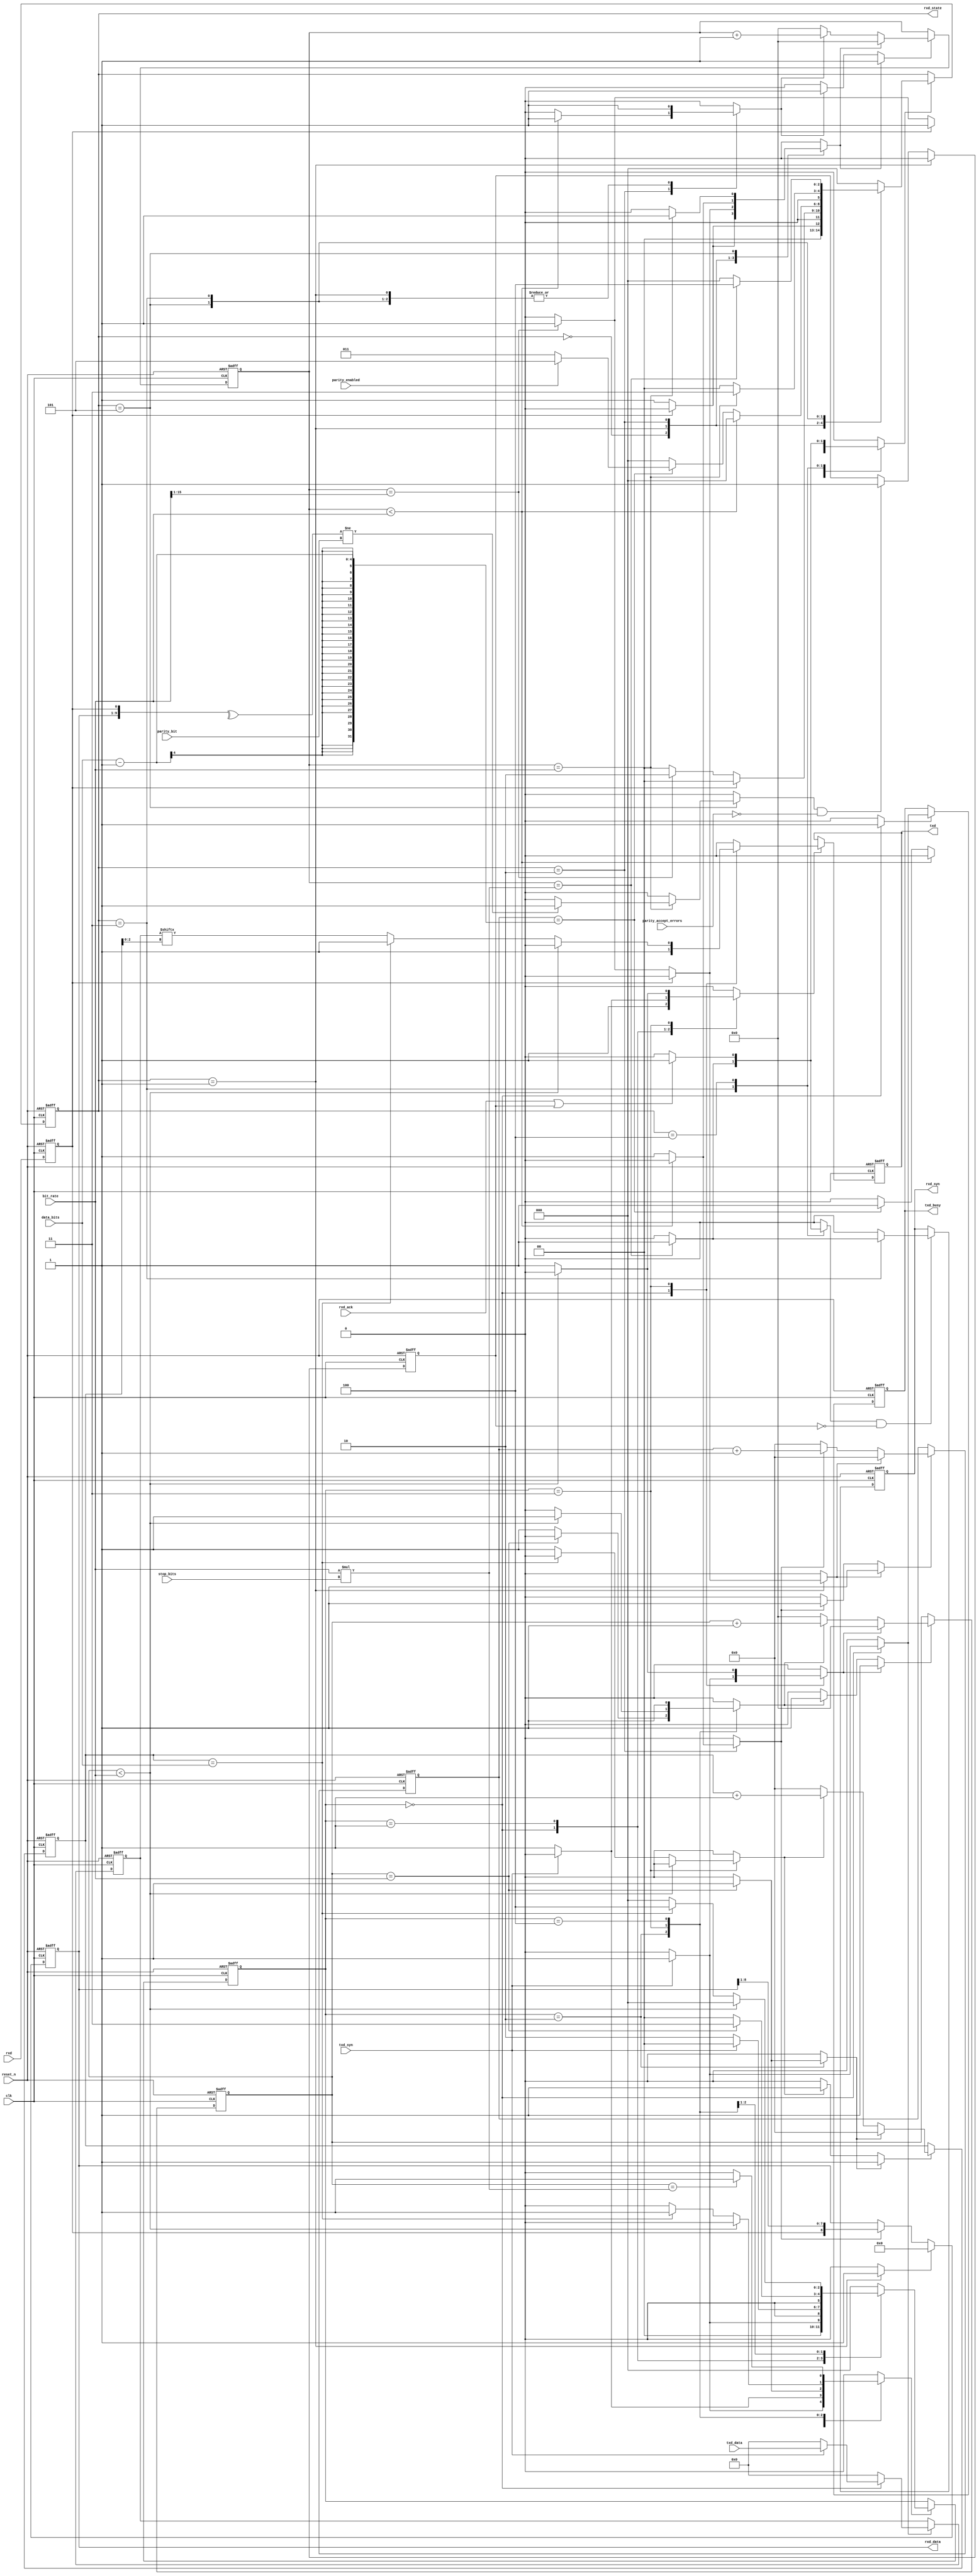
module uart_core(
                 input wire          clk,
                 input wire          reset_n,

                 // Configuration parameters
                 input wire [15 : 0] bit_rate,
                 input wire [3 : 0]  data_bits,
                 input wire [1 : 0]  stop_bits,
                 input wire          parity_bit, // NEWAE NEW: 1:odd; 0:even)
                 input wire          parity_enabled, // NEWAE NEW: enable parity checking
                 input wire          parity_accept_errors, // NEWAE NEW: if set, received words are emitted even when parity errors are detected

                 // External data interface
                 input wire          rxd,
                 output wire         txd,

                 // Internal receive interface.
                 output wire         rxd_syn,
                 output [8 : 0]      rxd_data,
                 input wire          rxd_ack,

                 // XXX NewAE added
                 output wire [2:0]   rxd_state,

                 // Internal transmit interface.
                 input wire          txd_syn,
                 input wire [7 : 0]  txd_data,
                 output wire         txd_busy
                );


  //----------------------------------------------------------------
  // Internal constant and parameter definitions.
  //----------------------------------------------------------------
  parameter ERX_IDLE  = 0;
  parameter ERX_START = 1;
  parameter ERX_BITS  = 2;
  parameter ERX_STOP  = 3;
  parameter ERX_SYN   = 4;
  parameter ERX_PARITY = 5; // NEWAE NEW

  parameter ETX_IDLE  = 0;
  parameter ETX_ACK   = 1;
  parameter ETX_START = 2;
  parameter ETX_BITS  = 3;
  parameter ETX_STOP  = 4;

  assign rxd_state =  erx_ctrl_reg; // XXX NewAE added


  //----------------------------------------------------------------
  // Registers including update variables and write enable.
  //----------------------------------------------------------------
  reg          rxd_reg;

  reg [8 : 0]  rxd_byte_reg;
  reg          rxd_byte_we;
  reg          rxd_byte_clear;

  reg [4 : 0]  rxd_bit_ctr_reg;
  reg [4 : 0]  rxd_bit_ctr_new;
  reg          rxd_bit_ctr_we;
  reg          rxd_bit_ctr_rst;
  reg          rxd_bit_ctr_inc;

  reg [15 : 0] rxd_bitrate_ctr_reg;
  reg [15 : 0] rxd_bitrate_ctr_new;
  reg          rxd_bitrate_ctr_we;
  reg          rxd_bitrate_ctr_rst;
  reg          rxd_bitrate_ctr_inc;

  reg          rxd_syn_reg;
  reg          rxd_syn_new;
  reg          rxd_syn_we;

  reg [2 : 0]  erx_ctrl_reg;
  reg [2 : 0]  erx_ctrl_new;
  reg          erx_ctrl_we;

  reg          txd_reg;
  reg          txd_new;
  reg          txd_we;

  reg [7 : 0]  txd_byte_reg;
  reg [7 : 0]  txd_byte_new;
  reg          txd_byte_we;

  reg [4 : 0]  txd_bit_ctr_reg;
  reg [4 : 0]  txd_bit_ctr_new;
  reg          txd_bit_ctr_we;
  reg          txd_bit_ctr_rst;
  reg          txd_bit_ctr_inc;

  reg [15 : 0] txd_bitrate_ctr_reg;
  reg [15 : 0] txd_bitrate_ctr_new;
  reg          txd_bitrate_ctr_we;
  reg          txd_bitrate_ctr_rst;
  reg          txd_bitrate_ctr_inc;

  reg          txd_busy_reg;
  reg          txd_busy_new;
  reg          txd_busy_we;

  reg [2 : 0]  etx_ctrl_reg;
  reg [2 : 0]  etx_ctrl_new;
  reg          etx_ctrl_we;

  // NEWAE NEW:
  reg          parity_bad;
  reg          parity_bad_mask;

  //----------------------------------------------------------------
  // Wires.
  //----------------------------------------------------------------
  wire [15 : 0] half_bit_rate;


  //----------------------------------------------------------------
  // Concurrent connectivity for ports etc.
  //----------------------------------------------------------------
  assign txd      = txd_reg;
  assign rxd_syn  = rxd_syn_reg;
  assign rxd_data = rxd_byte_reg;
  assign txd_busy  = txd_busy_reg;

  assign half_bit_rate = {1'b0, bit_rate[15 : 1]};


  //----------------------------------------------------------------
  // reg_update
  //
  // Update functionality for all registers in the core.
  // All registers are positive edge triggered with
  // asynchronous active low reset.
  //----------------------------------------------------------------
  always @ (posedge clk or negedge reset_n)
    begin: reg_update
      if (!reset_n)
        begin
          rxd_reg             <= 0;
          rxd_byte_reg        <= 9'h00;
          rxd_bit_ctr_reg     <= 5'h0;
          rxd_bitrate_ctr_reg <= 16'h0000;
          rxd_syn_reg         <= 0;
          erx_ctrl_reg        <= ERX_IDLE;

          txd_reg             <= 1;
          txd_byte_reg        <= 8'h00;
          txd_bit_ctr_reg     <= 5'h0;
          txd_bitrate_ctr_reg <= 16'h0000;
          txd_busy_reg        <= 0;
          etx_ctrl_reg        <= ETX_IDLE;
          parity_bad_mask     <= 0;
        end
      else
        begin
          // We sample the rx input port every cycle.
          rxd_reg <= rxd;

          // NEWAE NEW:
          if (erx_ctrl_reg == ERX_START)
              parity_bad_mask <= 1'b0;
          else if (parity_bad && ~parity_accept_errors)
              parity_bad_mask <= 1'b1;

          // We shift the rxd bit into msb.
          if (rxd_byte_clear)
              rxd_byte_reg <= 9'b0;
          else if (rxd_byte_we)
            begin
              rxd_byte_reg <= {rxd_reg, rxd_byte_reg[8 : 1]};
            end

          if (rxd_bit_ctr_we)
            begin
              rxd_bit_ctr_reg <= rxd_bit_ctr_new;
            end

          if (rxd_bitrate_ctr_we)
            begin
              rxd_bitrate_ctr_reg <= rxd_bitrate_ctr_new;
            end

          if (rxd_syn_we && ~parity_bad_mask)
            begin
              rxd_syn_reg <= rxd_syn_new;
            end

          if (erx_ctrl_we)
            begin
              erx_ctrl_reg <= erx_ctrl_new;
            end

          if (txd_we)
            begin
              txd_reg <= txd_new;
            end

          if (txd_byte_we)
            begin
              txd_byte_reg <= txd_byte_new;
            end

          if (txd_bit_ctr_we)
            begin
              txd_bit_ctr_reg <= txd_bit_ctr_new;
            end

          if (txd_bitrate_ctr_we)
            begin
              txd_bitrate_ctr_reg <= txd_bitrate_ctr_new;
            end

          if (txd_busy_we)
            begin
              txd_busy_reg <= txd_busy_new;
            end

          if (etx_ctrl_we)
            begin
              etx_ctrl_reg <= etx_ctrl_new;
            end
        end
    end // reg_update


  //----------------------------------------------------------------
  // rxd_bit_ctr
  //
  // Bit counter for receiving data on the external
  // serial interface.
  //----------------------------------------------------------------
  always @*
    begin: rxd_bit_ctr
      rxd_bit_ctr_new = 5'h0;
      rxd_bit_ctr_we  = 0;

      if (rxd_bit_ctr_rst)
        begin
          rxd_bit_ctr_new = 5'h0;
          rxd_bit_ctr_we  = 1;
        end

      else if (rxd_bit_ctr_inc)
        begin
          rxd_bit_ctr_new = rxd_bit_ctr_reg + 5'b0001;
          rxd_bit_ctr_we  = 1;
        end
    end // rxd_bit_ctr


  //----------------------------------------------------------------
  // rxd_bitrate_ctr
  //
  // Bitrate counter for receiving data on the external
  // serial interface.
  //----------------------------------------------------------------
  always @*
    begin: rxd_bitrate_ctr
      rxd_bitrate_ctr_new = 16'h0000;
      rxd_bitrate_ctr_we  = 0;

      if (rxd_bitrate_ctr_rst)
        begin
          rxd_bitrate_ctr_new = 16'h0000;
          rxd_bitrate_ctr_we  = 1;
        end

      else if (rxd_bitrate_ctr_inc)
        begin
          rxd_bitrate_ctr_new = rxd_bitrate_ctr_reg + 16'h0001;
          rxd_bitrate_ctr_we  = 1;
        end
    end // rxd_bitrate_ctr



  //----------------------------------------------------------------
  // txd_bit_ctr
  //
  // Bit counter for transmitting data on the external
  // serial interface.
  //----------------------------------------------------------------
  always @*
    begin: txd_bit_ctr
      txd_bit_ctr_new = 5'h0;
      txd_bit_ctr_we  = 0;

      if (txd_bit_ctr_rst)
        begin
          txd_bit_ctr_new = 5'h0;
          txd_bit_ctr_we  = 1;
        end

      else if (txd_bit_ctr_inc)
        begin
          txd_bit_ctr_new = txd_bit_ctr_reg + 5'b0001;
          txd_bit_ctr_we  = 1;
        end
    end // txd_bit_ctr


  //----------------------------------------------------------------
  // txd_bitrate_ctr
  //
  // Bitrate counter for transmitting data on the external
  // serial interface.
  //----------------------------------------------------------------
  always @*
    begin: txd_bitrate_ctr
      txd_bitrate_ctr_new = 16'h0000;
      txd_bitrate_ctr_we  = 0;

      if (txd_bitrate_ctr_rst)
        begin
          txd_bitrate_ctr_new = 16'h0000;
          txd_bitrate_ctr_we  = 1;
        end

      else if (txd_bitrate_ctr_inc)
        begin
          txd_bitrate_ctr_new = txd_bitrate_ctr_reg + 16'h0001;
          txd_bitrate_ctr_we  = 1;
        end
    end // txd_bitrate_ctr


  //----------------------------------------------------------------
  // external_rx_engine
  //
  // Logic that implements the receive engine towards
  // the external interface. Detects incoming data, collects it,
  // if required checks parity and store correct data into
  // the rx buffer.
  //----------------------------------------------------------------
  always @*
    begin: external_rx_engine
      rxd_bit_ctr_rst     = 0;
      rxd_bit_ctr_inc     = 0;
      rxd_bitrate_ctr_rst = 0;
      rxd_bitrate_ctr_inc = 0;
      rxd_byte_we         = 0;
      rxd_byte_clear      = 0;
      rxd_syn_new         = 0;
      rxd_syn_we          = 0;
      erx_ctrl_new        = ERX_IDLE;
      erx_ctrl_we         = 0;
      parity_bad          = 0;

      case (erx_ctrl_reg)
        ERX_IDLE:
          begin
            if (!rxd_reg)
              begin
                // Possible start bit detected.
                rxd_bitrate_ctr_rst = 1;
                erx_ctrl_new        = ERX_START;
                erx_ctrl_we         = 1;
              end
          end


        ERX_START:
          begin
            rxd_bitrate_ctr_inc = 1;
            rxd_byte_clear = 1;
            if (rxd_reg)
              begin
                // Just a glitch.
                erx_ctrl_new = ERX_IDLE;
                erx_ctrl_we  = 1;
              end
            else
              begin
                if (rxd_bitrate_ctr_reg == half_bit_rate)
                  begin
                    // start bit assumed. We start sampling data.
                    rxd_bit_ctr_rst     = 1;
                    rxd_bitrate_ctr_rst = 1;
                    erx_ctrl_new        = ERX_BITS;
                    erx_ctrl_we         = 1;
                  end
              end
          end


        ERX_BITS:
          begin
            if (rxd_bitrate_ctr_reg < bit_rate)
              begin
                rxd_bitrate_ctr_inc = 1;
              end
            else
              begin
                rxd_byte_we         = 1;
                rxd_bit_ctr_inc     = 1;
                rxd_bitrate_ctr_rst = 1;
                if (rxd_bit_ctr_reg == data_bits - 1)
                  begin
                    // NEWAE NEW:
                    if (parity_enabled)
                        erx_ctrl_new = ERX_PARITY;
                    else
                        erx_ctrl_new = ERX_STOP;
                    erx_ctrl_we  = 1;
                  end
              end
          end

        // NEWAE NEW:
        ERX_PARITY:
          begin
            rxd_bitrate_ctr_inc = 1;
            if (rxd_bitrate_ctr_reg == bit_rate)
              begin
                rxd_bitrate_ctr_rst = 1;
                erx_ctrl_new = ERX_STOP;
                erx_ctrl_we  = 1;
                if (^{rxd_byte_reg, rxd_reg} != parity_bit)
                    parity_bad = 1;
              end
          end


        ERX_STOP:
          begin
            rxd_bitrate_ctr_inc = 1;
            if (rxd_bitrate_ctr_reg == bit_rate * stop_bits)
              begin
                rxd_syn_new  = 1;
                rxd_syn_we   = 1;
                erx_ctrl_new = ERX_SYN;
                erx_ctrl_we  = 1;
              end
          end


        ERX_SYN:
          begin
            if (rxd_ack || parity_bad_mask) // NEWAE NEW
              begin
                rxd_syn_new  = 0;
                rxd_syn_we   = 1;
                erx_ctrl_new = ERX_IDLE;
                erx_ctrl_we  = 1;
              end
          end


        default:
          begin

          end
      endcase // case (erx_ctrl_reg)
    end // external_rx_engine


  //----------------------------------------------------------------
  // external_tx_engine
  //
  // Logic that implements the transmit engine towards
  // the external interface.
  //----------------------------------------------------------------
  always @*
    begin: external_tx_engine
      txd_new             = 0;
      txd_we              = 0;
      txd_byte_new        = 0;
      txd_byte_we         = 0;
      txd_bit_ctr_rst     = 0;
      txd_bit_ctr_inc     = 0;
      txd_bitrate_ctr_rst = 0;
      txd_bitrate_ctr_inc = 0;
      txd_busy_new        = 0;
      txd_busy_we         = 0;
      etx_ctrl_new        = ETX_IDLE;
      etx_ctrl_we         = 0;

      case (etx_ctrl_reg)
        ETX_IDLE:
          begin
            txd_new = 1;
            txd_we  = 1;
            if (txd_syn)
              begin
                txd_byte_new        = txd_data;
                txd_byte_we         = 1;
                txd_busy_new        = 1;
                txd_busy_we         = 1;
                txd_bitrate_ctr_rst = 1;
                etx_ctrl_new        = ETX_ACK;
                etx_ctrl_we         = 1;
              end
              else begin
                txd_busy_new  = 0;
                txd_busy_we   = 1;
              end
          end


        ETX_ACK:
          begin
            if (!txd_syn)
              begin
                txd_new      = 0;
                txd_we       = 1;
                etx_ctrl_new = ETX_START;
                etx_ctrl_we  = 1;
              end
          end

        ETX_START:
          begin
            if (txd_bitrate_ctr_reg == bit_rate)
              begin
                txd_bit_ctr_rst     = 1;
                etx_ctrl_new        = ETX_BITS;
                etx_ctrl_we         = 1;
              end
            else
              begin
                txd_bitrate_ctr_inc = 1;
              end
          end


        ETX_BITS:
          begin
            if (txd_bitrate_ctr_reg < bit_rate)
              begin
                txd_bitrate_ctr_inc = 1;
              end
            else
              begin
                txd_bitrate_ctr_rst = 1;

                if (txd_bit_ctr_reg == {1'b0, data_bits})
                  begin
                    txd_new      = 1;
                    txd_we       = 1;
                    etx_ctrl_new = ETX_STOP;
                    etx_ctrl_we  = 1;
                  end
                else
                  begin
                    txd_new         = txd_byte_reg[txd_bit_ctr_reg[2:0]];
                    txd_we          = 1;
                    txd_bit_ctr_inc = 1;
                  end
              end
          end


        ETX_STOP:
          begin
            txd_bitrate_ctr_inc = 1;
            if (txd_bitrate_ctr_reg == bit_rate * stop_bits)
              begin
                etx_ctrl_new = ETX_IDLE;
                etx_ctrl_we  = 1;
              end
          end


        default:
          begin

          end
      endcase // case (etx_ctrl_reg)
    end // external_tx_engine

   `ifdef ILA_UART_CORE
       ila_uart_core U_uart_ila (
	.clk            (clk),                          // input wire clk
	.probe0         (rxd),                          // input wire [0:0]  probe0  
	.probe1         (rxd_state),                    // input wire [2:0]  probe1 
	.probe2         (rxd_syn),                      // input wire [0:0]  probe2 
	.probe3         (rxd_data),                     // input wire [8:0]  probe3 
	.probe4         (parity_bit),                   // input wire [0:0]  probe4 
	.probe5         (parity_enabled),               // input wire [0:0]  probe5 
	.probe6         (parity_accept_errors),         // input wire [0:0]  probe6 
	.probe7         (parity_bad),                   // input wire [0:0]  probe7 
	.probe8         (parity_bad_mask)               // input wire [0:0]  probe8 
       );
   `endif


endmodule